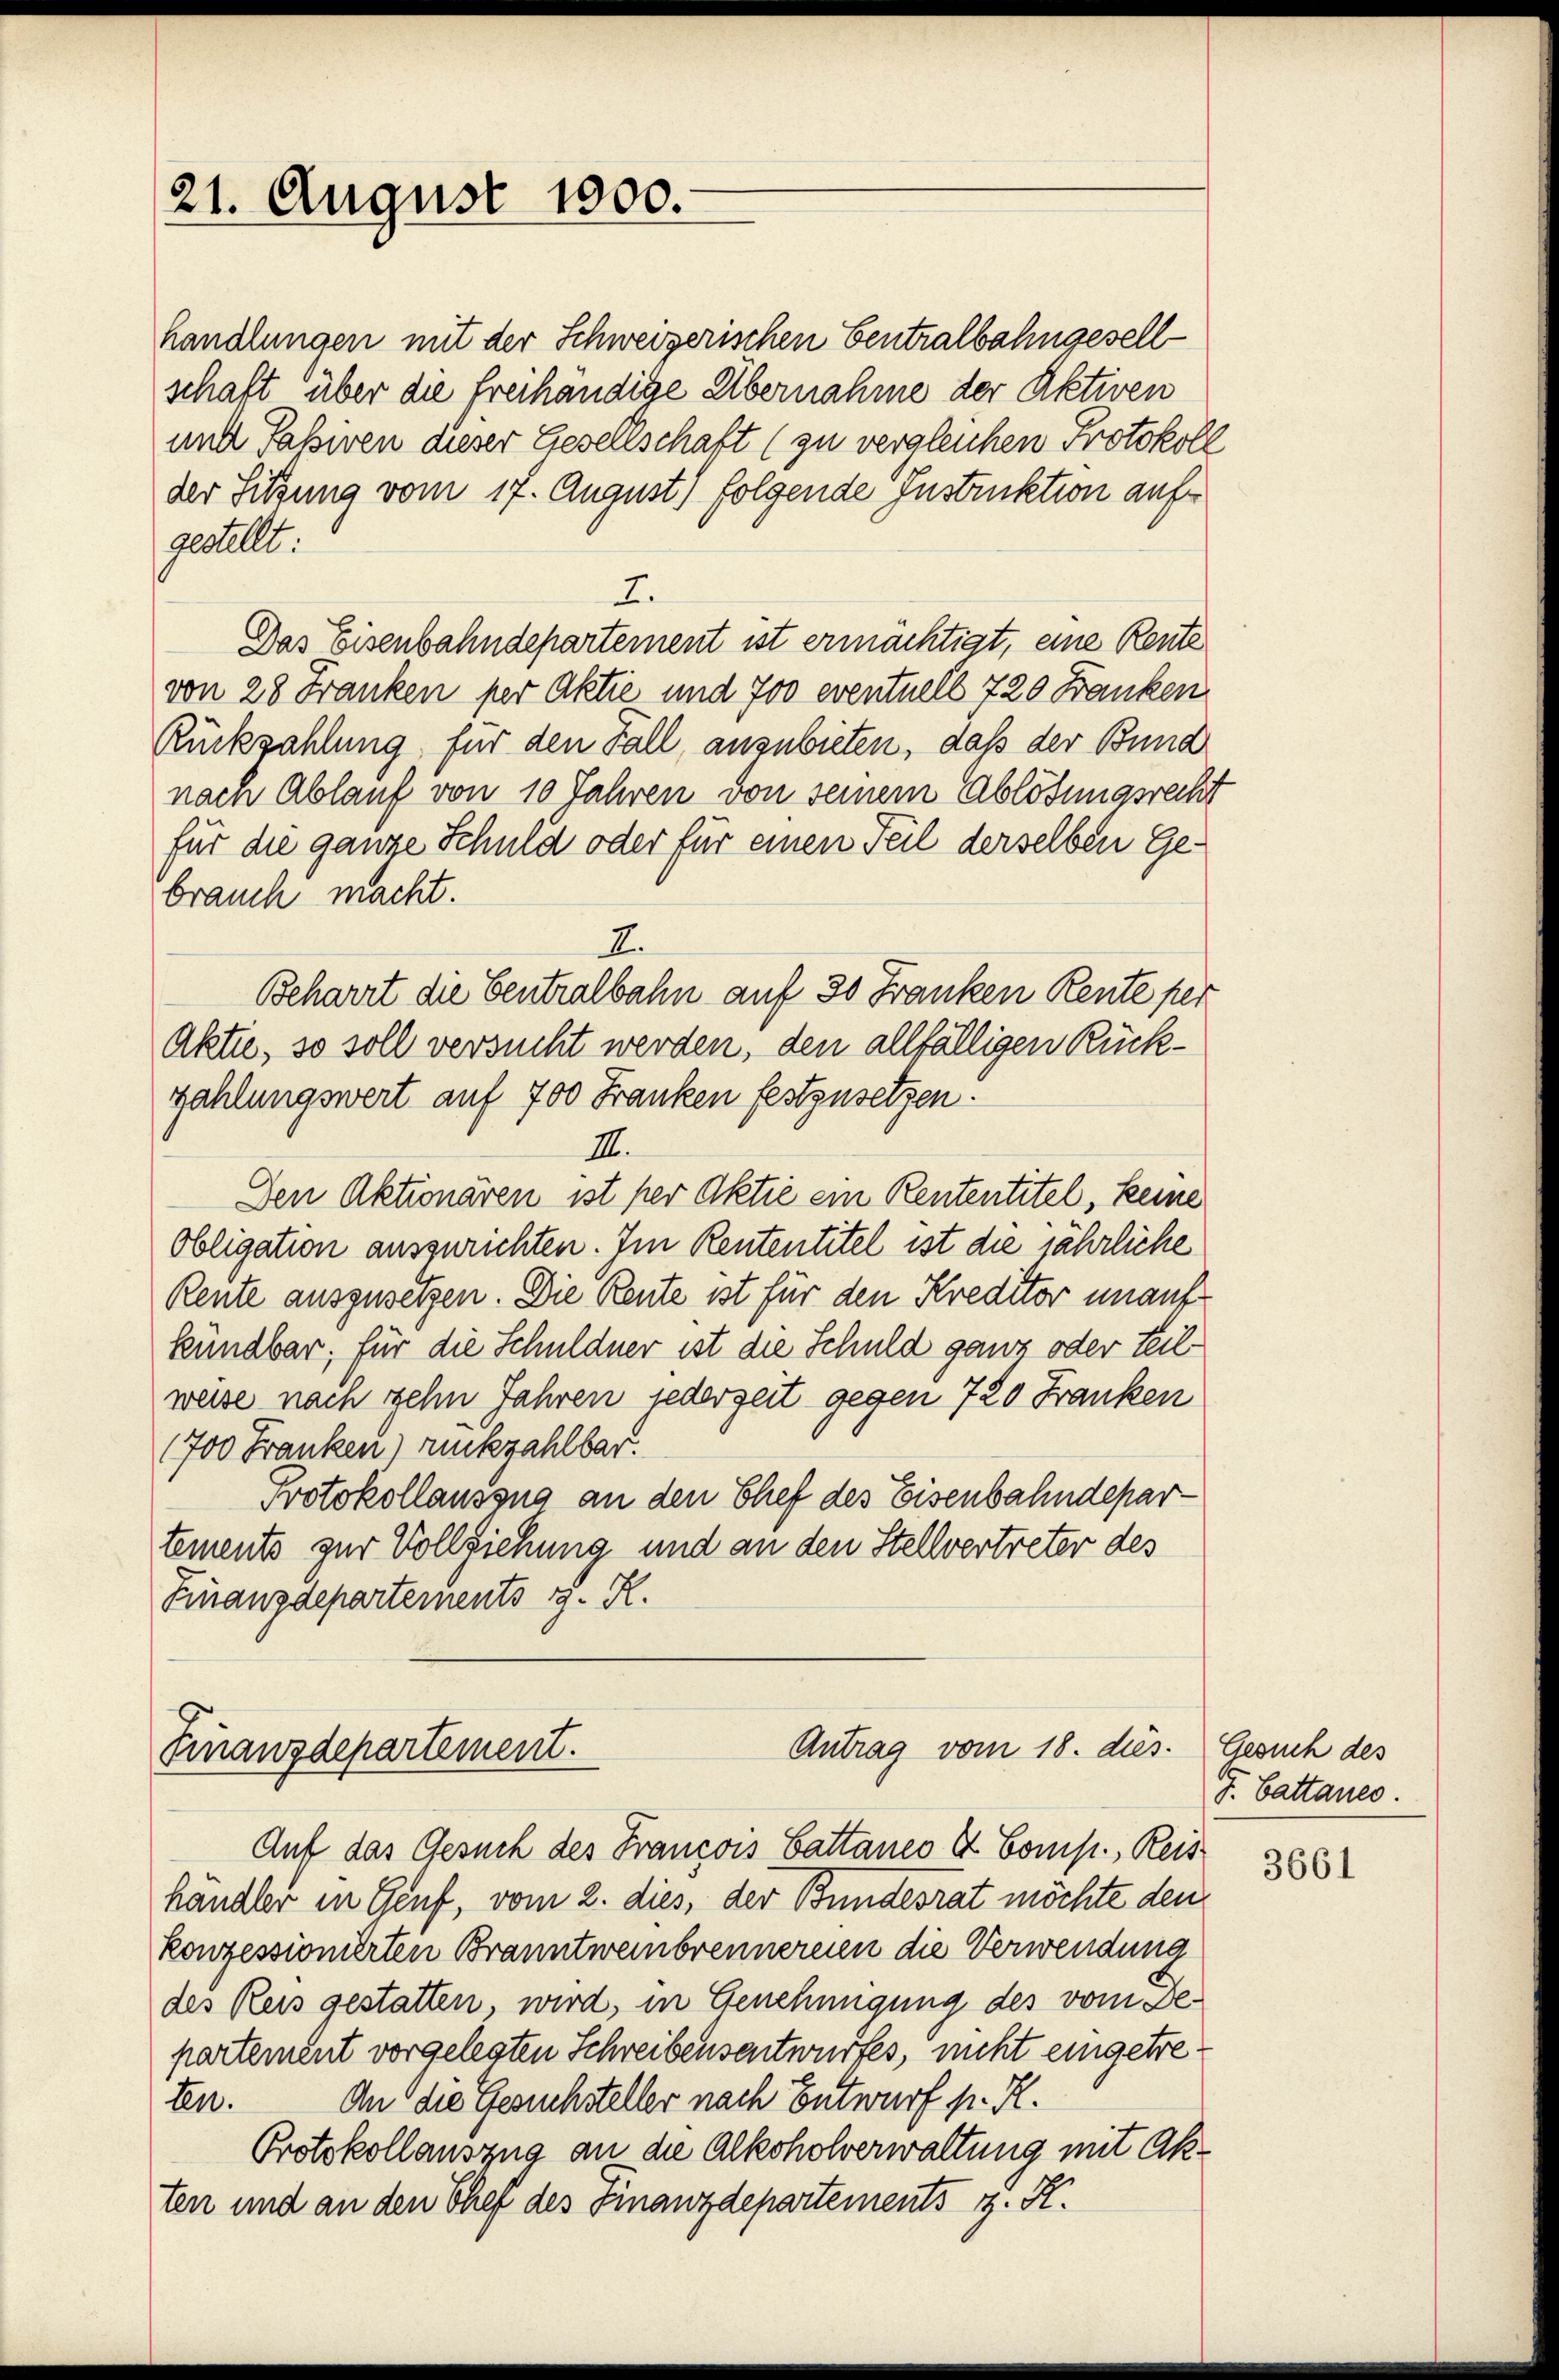
21. August 1900.

handlungen mit der Schweizerischen Centralbahngesellschaft über die freihändige Übernahme der Aktiven
mit Pasien dieser Gesellschaft (zu vergleichen Protokoll
der Sitzung vom 17. August) folgende Instruktion auf
gestellt.
2.
Das Eisenbahndepartement ist ermächtigt, eine Rente
von 28 Franken per Aktie und 700 eventuell 720 Franken
Rückzahlung für den Fall, anzubieten, daß der Bund
nach Ablauf von 10 Jahren von seinem Ablösungsrecht
für die ganze Schuld oder für einen Teil derselben Gebrauch macht.
E.
Beharrt die Centralbahn auf 30 Franken Rente per
Aktie, so soll versucht werden, den allfälligen Rückzahlungswert auf 700 Franken festzusetzen.
II.
Den Aktionären ist per Aktie ein Rententitel, keine
obligation auszurichten. Im Rententitel ist die jährliche
Rente auszusetzen. Die Reute ist für den Kreditor unauf
kündbar, für die Schuldner ist die Schuld ganz oder teilweise nam zehn Jahren jederzeit gegen 720 Franken
(700 Franken) rückzahlbar.
Protokollaussig an den Chef des Eisenbahndepartements zur Vollziehung und an den Stellvertreter des
Finanzdepartements v. R.

Antrag vom 18. dies
Finanzdepartement.
Auf das Gesuch des Francois Gattaneo & Comp., Reis

handler in Genf, vom 2. dies, der Bundesrat möchte den
konzessionierten Branntweinbrennereien die Verwendung
des Reis gestatten, wird, in Genehmigung des vom Departement vorgelegten Schreibensentwurfes, nicht eingetreten. An die Gesuchsteller nach Entwurf p. R.
Protokollauszug an die Alkoholverwaltung mit Akten und an den Chef des Finanzdepartements z. K.

Gesuch des
J. Battanes.

3661